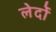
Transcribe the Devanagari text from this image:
लेर्दो